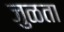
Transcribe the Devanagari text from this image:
जुळता